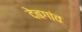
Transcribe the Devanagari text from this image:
देबगांव